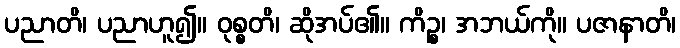
ပညာတိ၊ ပညာဟူ၍။ ဝုစ္စတိ၊ ဆိုအပ်၏။ ကိဉ္စ၊ အဘယ်ကို။ ပဇာနာတိ၊